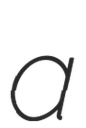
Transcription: a